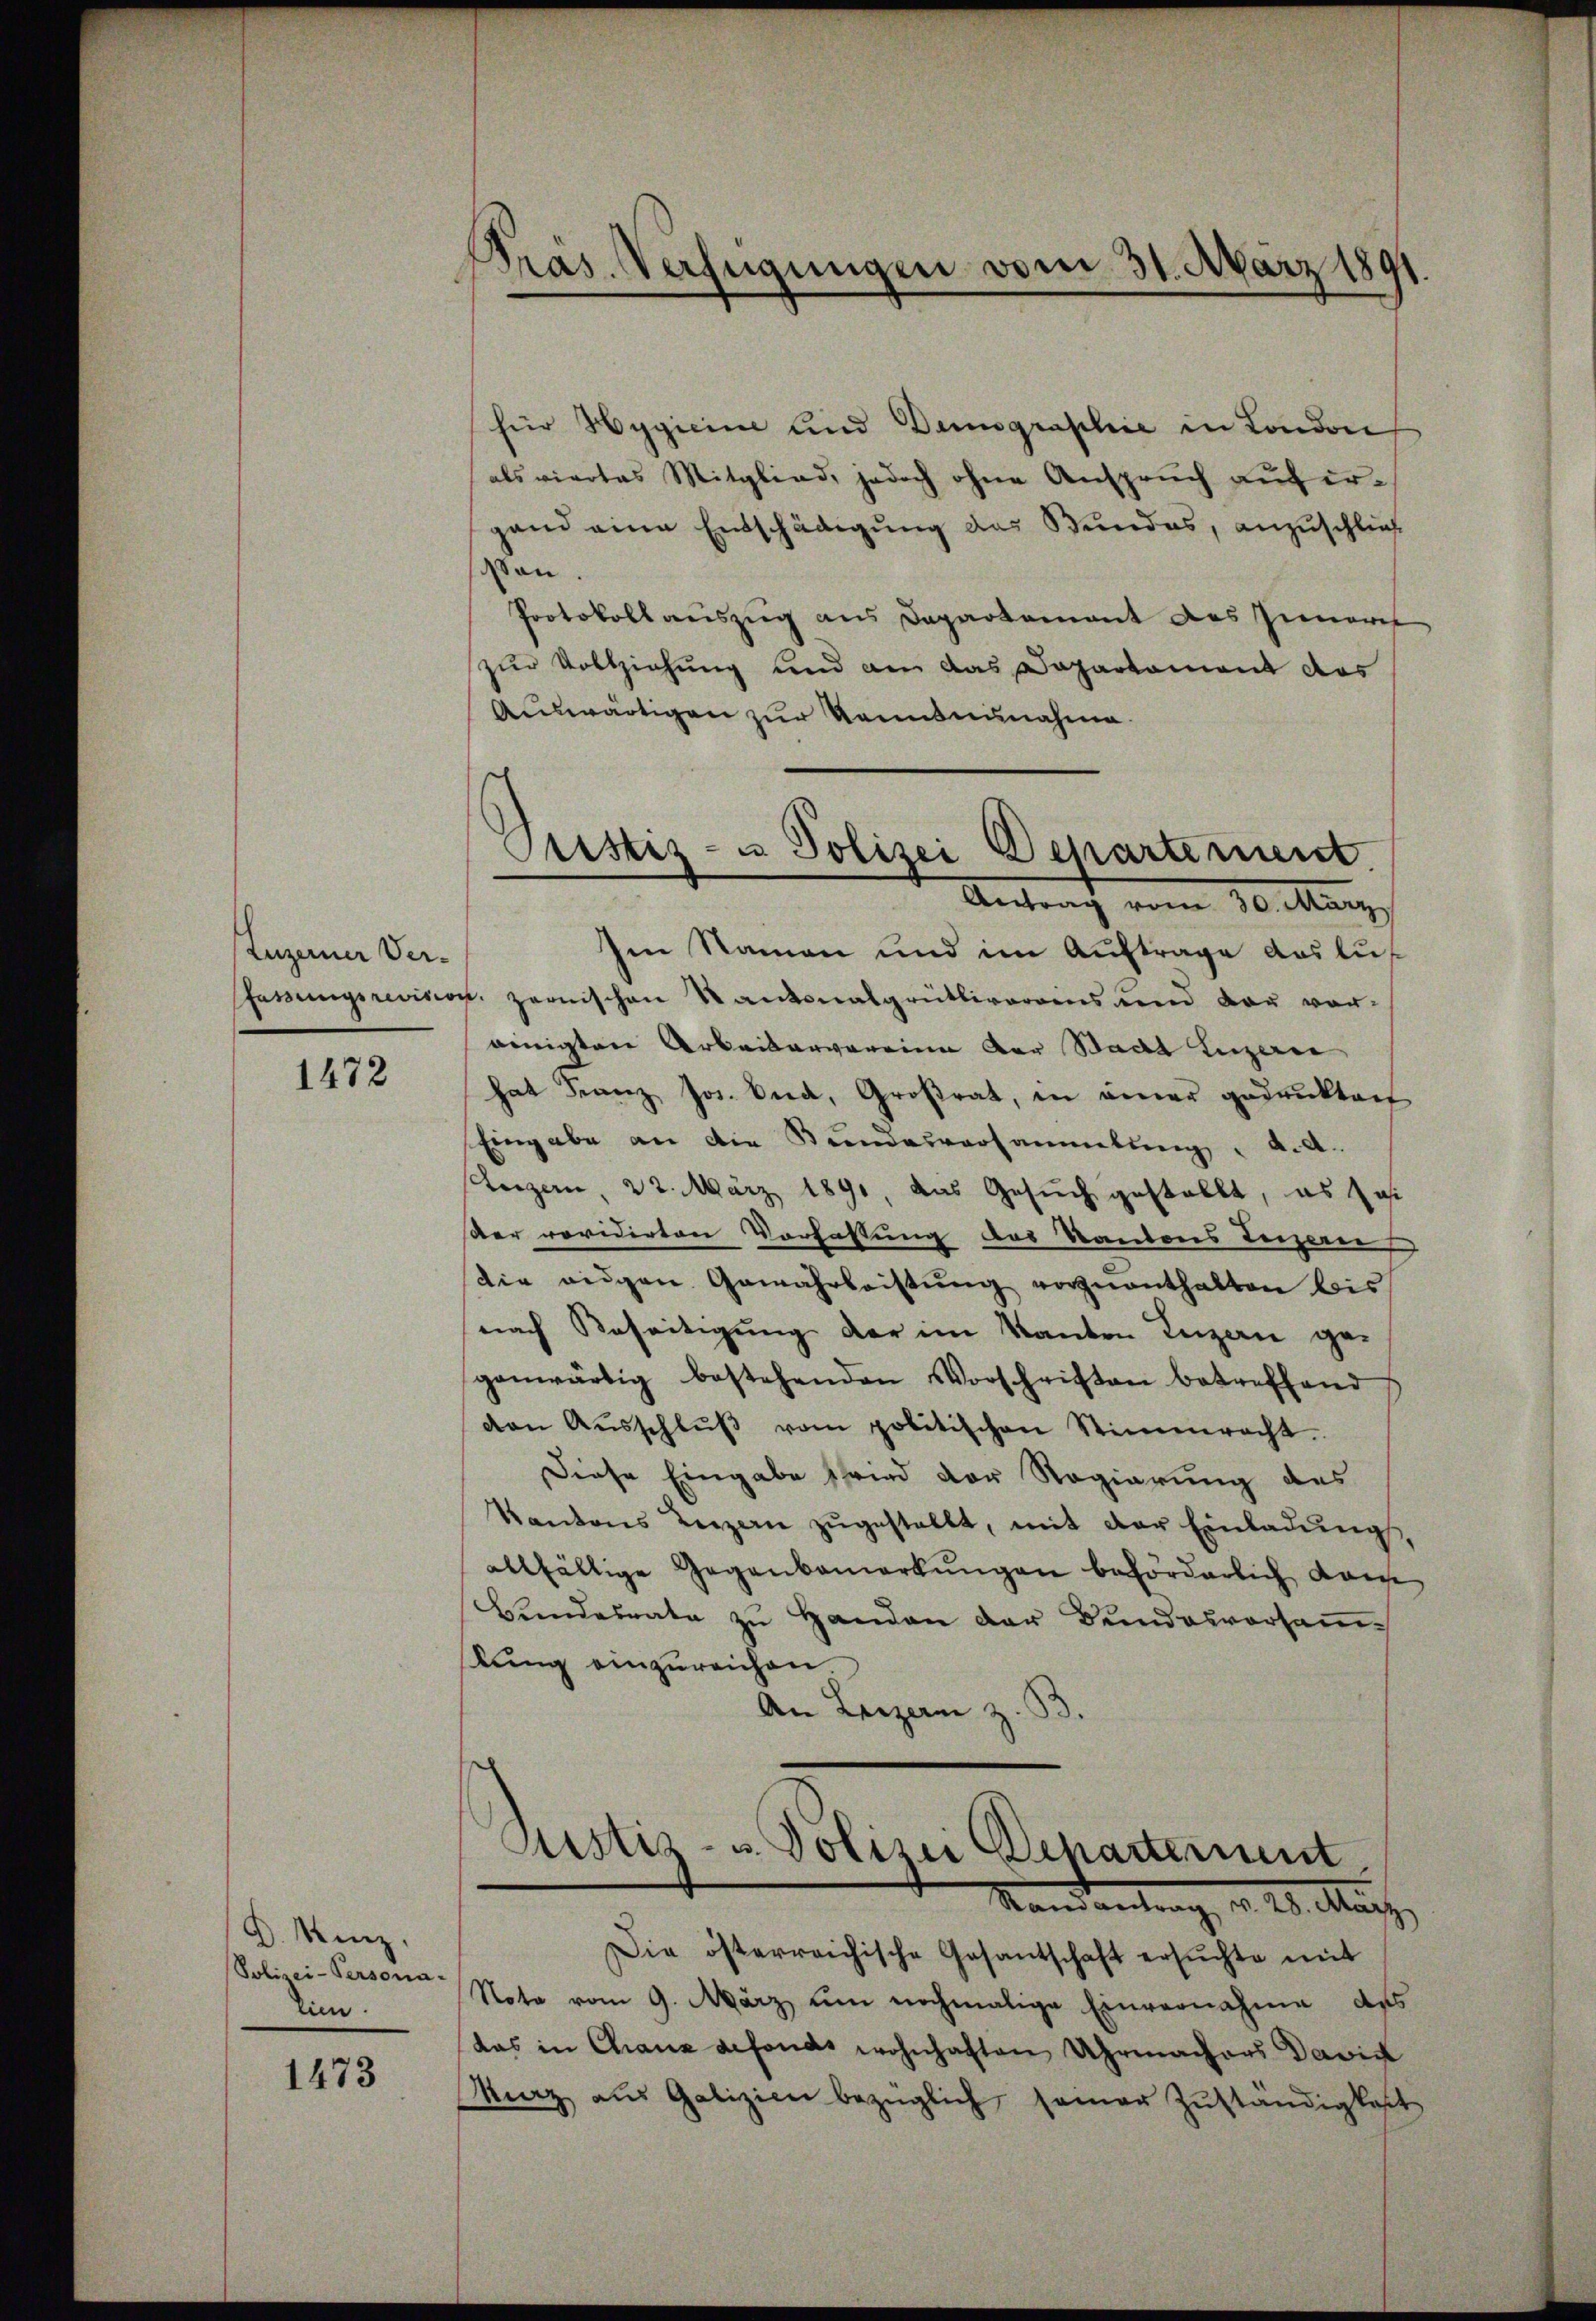
Luzerner Ver¬

1472

D. Kinz,
Polizei-Persona-
lin.

1473

Pras. Verfügungen vom 31. März 1891

für Hygicine und Denographie in London
als viertes Mitglied, jedoch ohne Anspruch auf ergand eine Entschädigung das Bundes, anzuschließ
an.
Protokollauszug aus Departement des Inneres
zur Vollziehung und ain das Dapartament das
Auswärtigen zur Kenntnunahme.
Im Namen und im Auftrage das luf
fassungsrevision zernischen Kantonalgrütlivereins und der voreinigten Arbeitervereina der Stadt Luzerne
hat Franz Jos. Eid, Großrat, in einer gedruckten
Eingabe an die Bundesversammlung d.d.
Reizern, 22. März 1891, das Gesuch gestellt, es sei
ser revidirten Vorfassung des Kantons Luzern
die eigen Gewährleistŭng vorzŭanthalten bis
nach Beseitigung der im Kanton Luzern ge-
ganwärtig bestehenden Vorschriften betreffend
den Aŭsschlŭβ vom politischen Stimmrecht.
Diese Eingabe schied der Regierung des
Kantons Luzern zugestellt, mit der Einladungs
allfällige Gegenbemerkŭngen beförderlich Kaise
Bundesrate zu Handen der Bundesvorsamtung einzureichen
An Leizen z. B.

Pustiz- u Polizei Departement.
Antrag vom 30. März

Justiz- u. Polizei Departement
Mandantrag, d. 20. Auch

Die österreichische Gesantschaft ersŭchte mit
Note vom 9. März um nochmalige Einvernahme des
das in Chaux defonds wohnhaften Uhrmachers David
Maz aŭs Galizien bezüglich seiner Zŭständigkeit